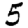
Digit: 5